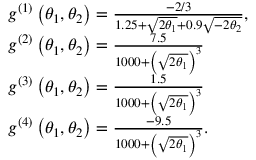
\begin{array} { r l } & { g ^ { ( 1 ) } \left( \theta _ { 1 } , \theta _ { 2 } \right) = \frac { - 2 / 3 } { 1 . 2 5 + \sqrt { 2 \theta _ { 1 } } + 0 . 9 \sqrt { - 2 \theta _ { 2 } } } \mathrm { , } } \\ & { g ^ { ( 2 ) } \left( \theta _ { 1 } , \theta _ { 2 } \right) = \frac { 7 . 5 } { 1 0 0 0 + \left( \sqrt { 2 \theta _ { 1 } } \right) ^ { 3 } } } \\ & { g ^ { ( 3 ) } \left( \theta _ { 1 } , \theta _ { 2 } \right) = \frac { 1 . 5 } { 1 0 0 0 + \left( \sqrt { 2 \theta _ { 1 } } \right) ^ { 3 } } } \\ & { g ^ { ( 4 ) } \left( \theta _ { 1 } , \theta _ { 2 } \right) = \frac { - 9 . 5 } { 1 0 0 0 + \left( \sqrt { 2 \theta _ { 1 } } \right) ^ { 3 } } \mathrm { . } } \end{array}